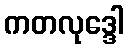
ကတလုဒ္ဒေါ